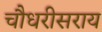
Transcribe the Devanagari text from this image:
चौधरीसराय